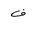
Letter: _fa